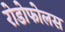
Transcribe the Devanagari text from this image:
रोडोफोलस